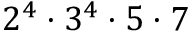
2 ^ { 4 } \cdot 3 ^ { 4 } \cdot 5 \cdot 7